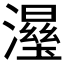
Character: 𱩥